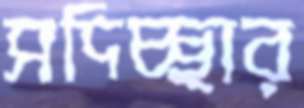
সদিচ্ছার